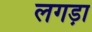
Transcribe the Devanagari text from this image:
लगड़ा